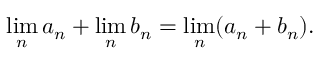
\operatorname* { l i m } _ { n } a _ { n } + \operatorname* { l i m } _ { n } b _ { n } = \operatorname* { l i m } _ { n } ( a _ { n } + b _ { n } ) .